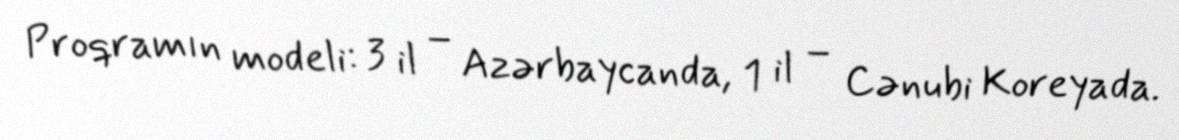
Proqramın modeli: 3 il – Azərbaycanda, 1 il – Cənubi Koreyada.